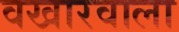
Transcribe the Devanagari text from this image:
वखारवाला